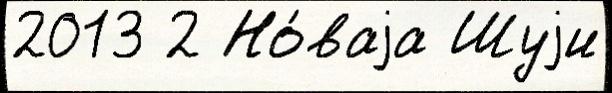
2013 2 Но́ваjа Шуjи